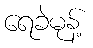
ရေခဲမုန့်